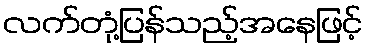
လက်တုံ့ပြန်သည့်အနေဖြင့်